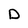
Character: D